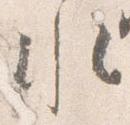
水